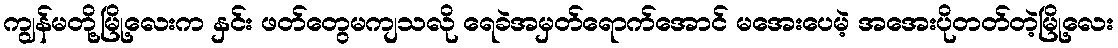
ကျွန်မတို့မြို့လေးက နှင်း ဖတ်တွေမကျသလို ရေခဲအမှတ်ရောက်အောင် မအေးပေမဲ့ အအေးပိုတတ်တဲ့မြို့လေး